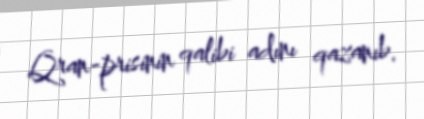
Qran-prisinin qalibi adını qazanıb.